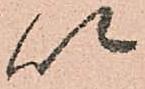
以